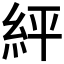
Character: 𮈈